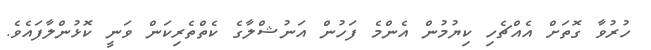
ހުރުވާ ގޮތަށް އެއްޗެހި ކިޔުމުން އެންމެ ފަހުން އަނުޝްލާގެ ކެތްތެރިކަން ވަނީ ކޮޅުންލާފައެވެ.